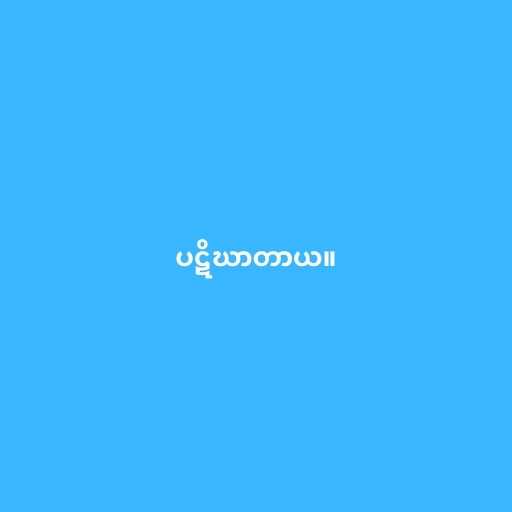
ပဋိဃာတာယ။